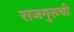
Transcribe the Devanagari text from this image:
राजगुरूची